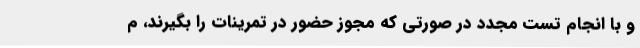
و با انجام تست مجدد در صورتی که مجوز حضور در تمرینات را بگیرند، م